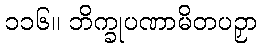
၁၁၆။ ဘိက္ခုပဏာမိတပဉှာ